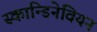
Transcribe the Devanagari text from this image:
स्कान्डिनेवियन